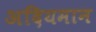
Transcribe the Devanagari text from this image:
अदियमान